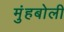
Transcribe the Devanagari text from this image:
मुंहबोली